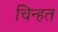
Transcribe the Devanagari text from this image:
चिन्हत